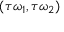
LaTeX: ( \tau \omega _ { 1 } , \tau \omega _ { 2 } )